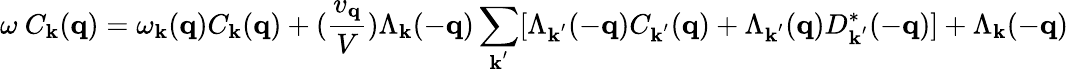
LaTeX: \omega\mathrm{~}C_{{\mathbf{k}}}({\mathbf{q}})=\omega_{{\mathbf{k}}}({\mathbf{q}})C_{{\mathbf{k}}}({\mathbf{q}})+(\frac{v_{{\mathbf{q}}}}{V})\Lambda_{{\mathbf{k}}}(-{\mathbf{q}})\sum_{{\mathbf{k}}^{'}}[\Lambda_{{\mathbf{k}}^{'}}(-{\mathbf{q}})C_{{\mathbf{k}}^{'}}({\mathbf{q}})+\Lambda_{{\mathbf{k}}^{'}}({\mathbf{q}})D_{{\mathbf{k}}^{'}}^{*}(-{\mathbf{q}})]+\Lambda_{{\mathbf{k}}}(-{\mathbf{q}})